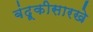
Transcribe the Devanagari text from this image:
बंदूकीसारखे